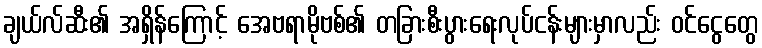
ချယ်လ်ဆီး၏ အရှိန်ကြောင့် အေဗရာမိုဗစ်၏ တခြားစီးပွားရေးလုပ်ငန်းများမှာလည်း ဝင်ငွေတွေ